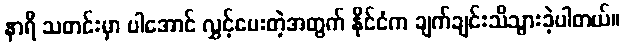
နာရီ သတင်းမှာ ပါအောင် လွှင့်ပေးတဲ့အတွက် နိုင်ငံက ချက်ချင်းသိသွားခဲ့ပါတယ်။